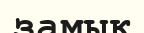
замық